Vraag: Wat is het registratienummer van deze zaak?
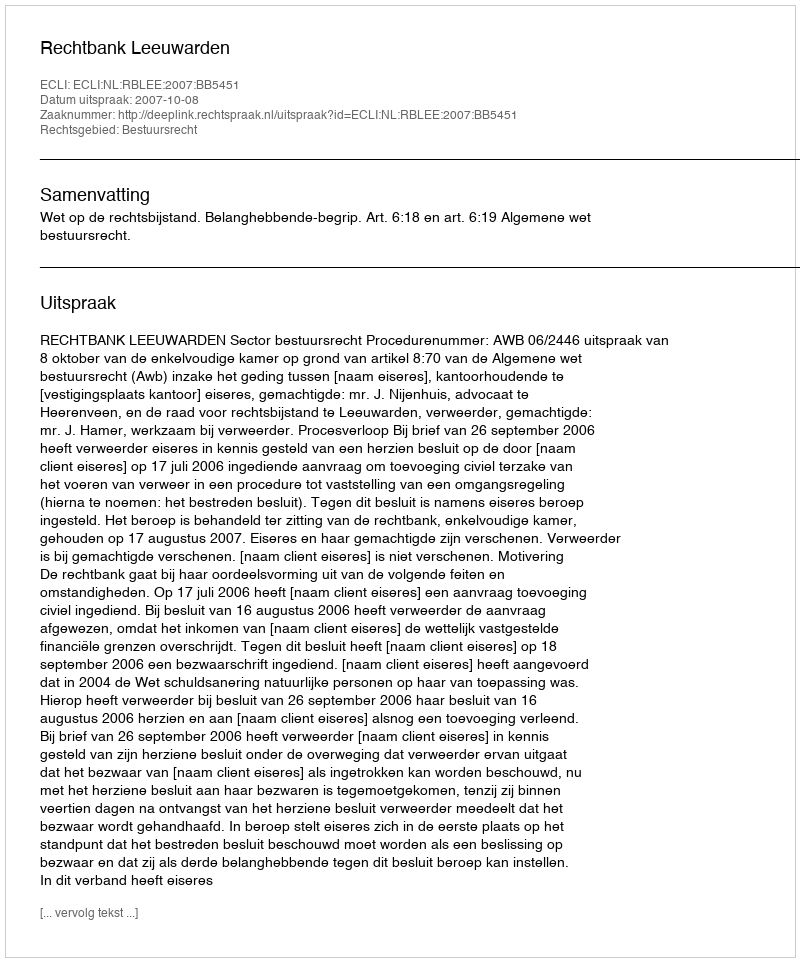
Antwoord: http://deeplink.rechtspraak.nl/uitspraak?id=ECLI:NL:RBLEE:2007:BB5451